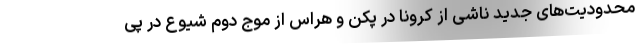
محدودیت‌های جدید ناشی از کرونا در پکن و هراس از موج دوم شیوع در پی